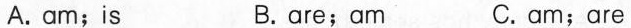
A. am；is B. are；am C. am；are